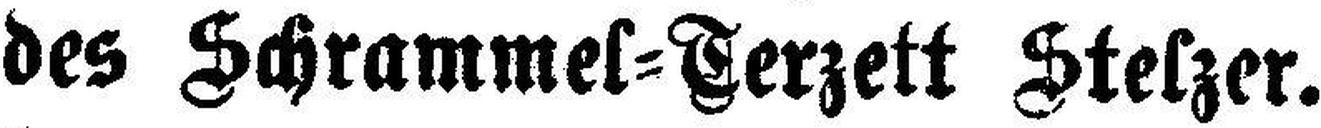
des Schrammel=Terzett Stelzer.